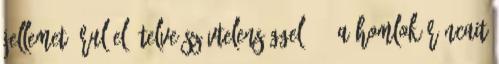
jellemet árul el, telve szívtelenséggel. 4. A homlok ráncait